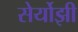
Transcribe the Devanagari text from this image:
सेर्योझी